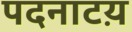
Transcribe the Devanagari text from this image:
पदनाटय़